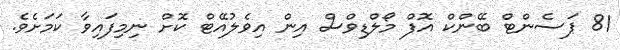
81 ޕަސެންޓް ބޭންކް އޮފް މޯލްޑިވްސް އިން އިވެލުއޭޓް ކޮށް ނިމިފައިވާ ކަމަށެވެ.